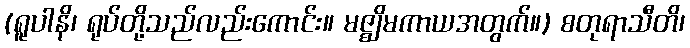
(ရူပါနိ၊ ရုပ်တို့သည်လည်းကောင်း။ မဇ္ဈိမကာယအတွက်။) စတုရာသီတိ၊